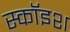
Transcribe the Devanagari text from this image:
स्कॉइश